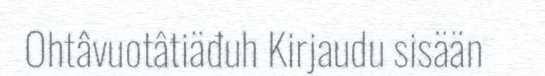
Ohtâvuotâtiäđuh Kirjaudu sisään